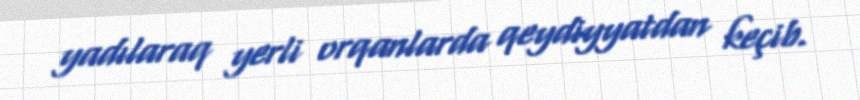
yadılaraq yerli orqanlarda qeydiyyatdan keçib.